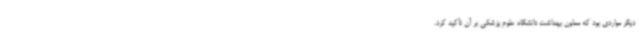
دیگر مواردی بود که معاون بهداشت دانشگاه علوم پزشکی بر آن تأکید کرد.